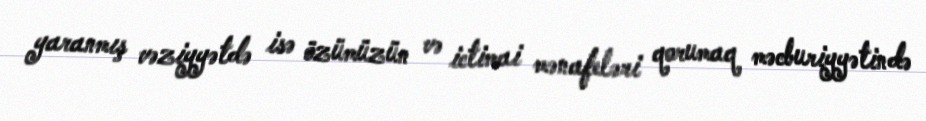
yaranmış vəziyyətdə isə özümüzün və ictimai mənafeləri qorumaq məcburiyyətində